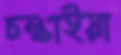
চল্‌কাইয়া